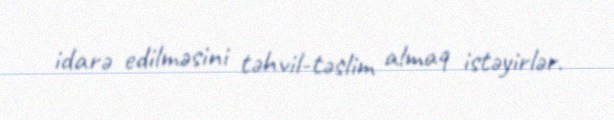
idarə edilməsini təhvil-təslim almaq istəyirlər.